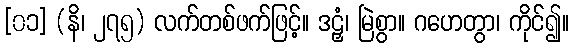
[၀၁] (နိ၊ ၂၇၅) လက်တစ်ဖက်ဖြင့်။ ဒဠှံ၊ မြဲစွာ။ ဂဟေတွာ၊ ကိုင်၍။